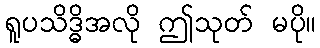
ရူပသိဒ္ဓိအလို ဤသုတ် မပို။